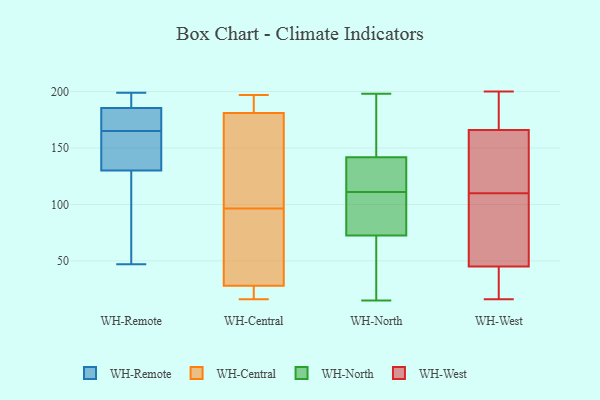
{"axis": {"x": "Waste Production (Tons)", "y": "Value"}, "legend": ["WH-Central", "WH-North", "WH-Remote", "WH-West"], "data": [{"x": "", "y": 180, "type": "WH-Remote"}, {"x": "", "y": 150, "type": "WH-Remote"}, {"x": "", "y": 199, "type": "WH-Remote"}, {"x": "", "y": 193, "type": "WH-Remote"}, {"x": "", "y": 129, "type": "WH-Remote"}, {"x": "", "y": 181, "type": "WH-Remote"}, {"x": "", "y": 53, "type": "WH-Remote"}, {"x": "", "y": 165, "type": "WH-Remote"}, {"x": "", "y": 96, "type": "WH-Remote"}, {"x": "", "y": 133, "type": "WH-Remote"}, {"x": "", "y": 194, "type": "WH-Remote"}, {"x": "", "y": 47, "type": "WH-Remote"}, {"x": "", "y": 179, "type": "WH-Remote"}, {"x": "", "y": 157, "type": "WH-Remote"}, {"x": "", "y": 187, "type": "WH-Remote"}, {"x": "", "y": 64, "type": "WH-Central"}, {"x": "", "y": 181, "type": "WH-Central"}, {"x": "", "y": 91, "type": "WH-Central"}, {"x": "", "y": 25, "type": "WH-Central"}, {"x": "", "y": 21, "type": "WH-Central"}, {"x": "", "y": 142, "type": "WH-Central"}, {"x": "", "y": 164, "type": "WH-Central"}, {"x": "", "y": 196, "type": "WH-Central"}, {"x": "", "y": 28, "type": "WH-Central"}, {"x": "", "y": 190, "type": "WH-Central"}, {"x": "", "y": 197, "type": "WH-Central"}, {"x": "", "y": 102, "type": "WH-Central"}, {"x": "", "y": 16, "type": "WH-Central"}, {"x": "", "y": 119, "type": "WH-Central"}, {"x": "", "y": 63, "type": "WH-Central"}, {"x": "", "y": 27, "type": "WH-Central"}, {"x": "", "y": 189, "type": "WH-Central"}, {"x": "", "y": 52, "type": "WH-Central"}, {"x": "", "y": 198, "type": "WH-North"}, {"x": "", "y": 108, "type": "WH-North"}, {"x": "", "y": 74, "type": "WH-North"}, {"x": "", "y": 107, "type": "WH-North"}, {"x": "", "y": 179, "type": "WH-North"}, {"x": "", "y": 145, "type": "WH-North"}, {"x": "", "y": 119, "type": "WH-North"}, {"x": "", "y": 15, "type": "WH-North"}, {"x": "", "y": 135, "type": "WH-North"}, {"x": "", "y": 111, "type": "WH-North"}, {"x": "", "y": 58, "type": "WH-North"}, {"x": "", "y": 72, "type": "WH-North"}, {"x": "", "y": 142, "type": "WH-North"}, {"x": "", "y": 62, "type": "WH-North"}, {"x": "", "y": 96, "type": "WH-North"}, {"x": "", "y": 174, "type": "WH-North"}, {"x": "", "y": 131, "type": "WH-North"}, {"x": "", "y": 41, "type": "WH-North"}, {"x": "", "y": 141, "type": "WH-North"}, {"x": "", "y": 166, "type": "WH-West"}, {"x": "", "y": 143, "type": "WH-West"}, {"x": "", "y": 188, "type": "WH-West"}, {"x": "", "y": 42, "type": "WH-West"}, {"x": "", "y": 200, "type": "WH-West"}, {"x": "", "y": 49, "type": "WH-West"}, {"x": "", "y": 45, "type": "WH-West"}, {"x": "", "y": 115, "type": "WH-West"}, {"x": "", "y": 183, "type": "WH-West"}, {"x": "", "y": 135, "type": "WH-West"}, {"x": "", "y": 105, "type": "WH-West"}, {"x": "", "y": 16, "type": "WH-West"}, {"x": "", "y": 37, "type": "WH-West"}, {"x": "", "y": 69, "type": "WH-West"}]}